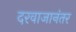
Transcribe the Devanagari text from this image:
दरवाजानंतर